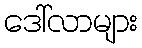
ဒေါ်လာများ